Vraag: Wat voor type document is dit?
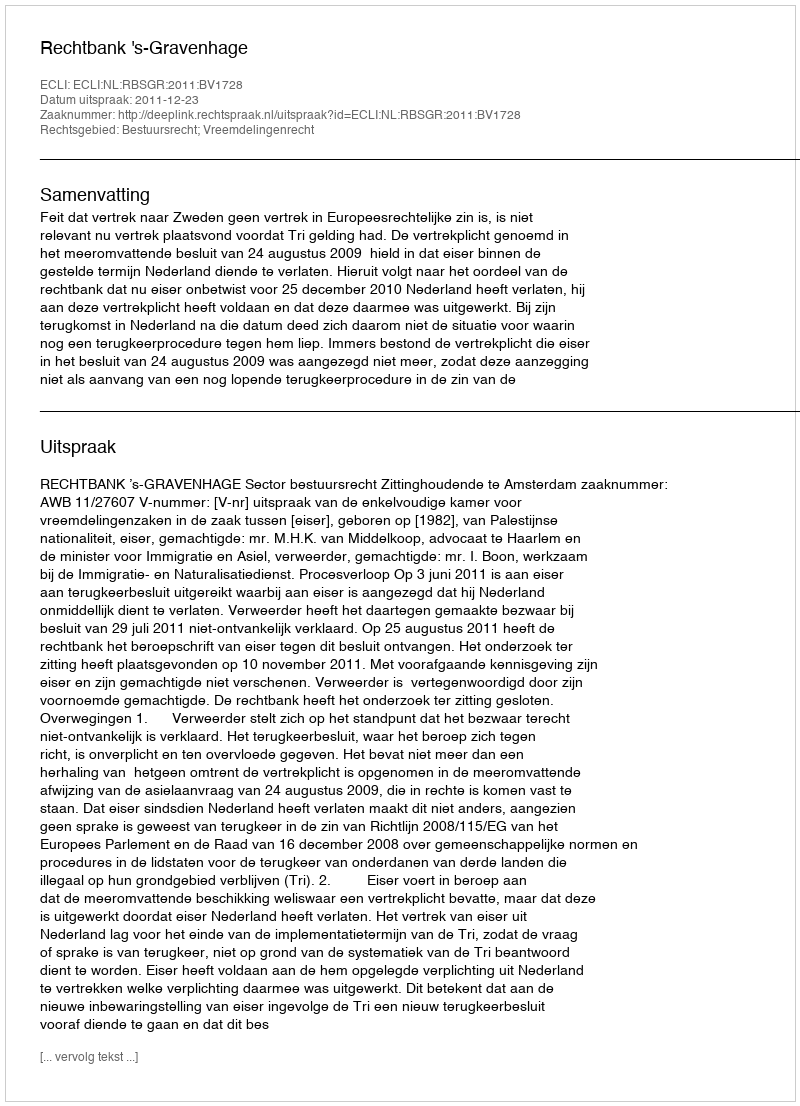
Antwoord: Uitspraak